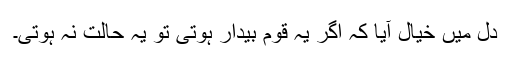
دل میں خیال آیا کہ اگر یہ قوم بیدار ہوتی تو یہ حالت نہ ہوتی۔